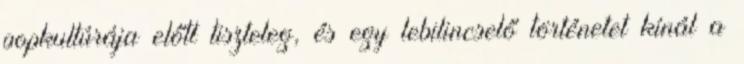
popkultúrája előtt tiszteleg, és egy lebilincselő történetet kínál a